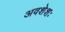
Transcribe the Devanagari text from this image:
अवशेशः